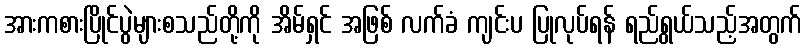
အားကစားပြိုင်ပွဲများစသည်တို့ကို အိမ်ရှင် အဖြစ် လက်ခံ ကျင်းပ ပြုလုပ်ရန် ရည်ရွယ်သည့်အတွက်